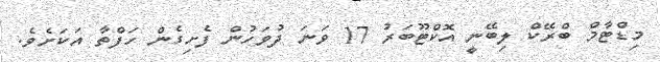
މިޑްޓާމް ބްރޭކް ލިބޭނީ އޮކްޓޫބަރު 17 ވަނަ ދުވަހުން ފެށިގެން ހަފްތާ އަކަށެވެ.